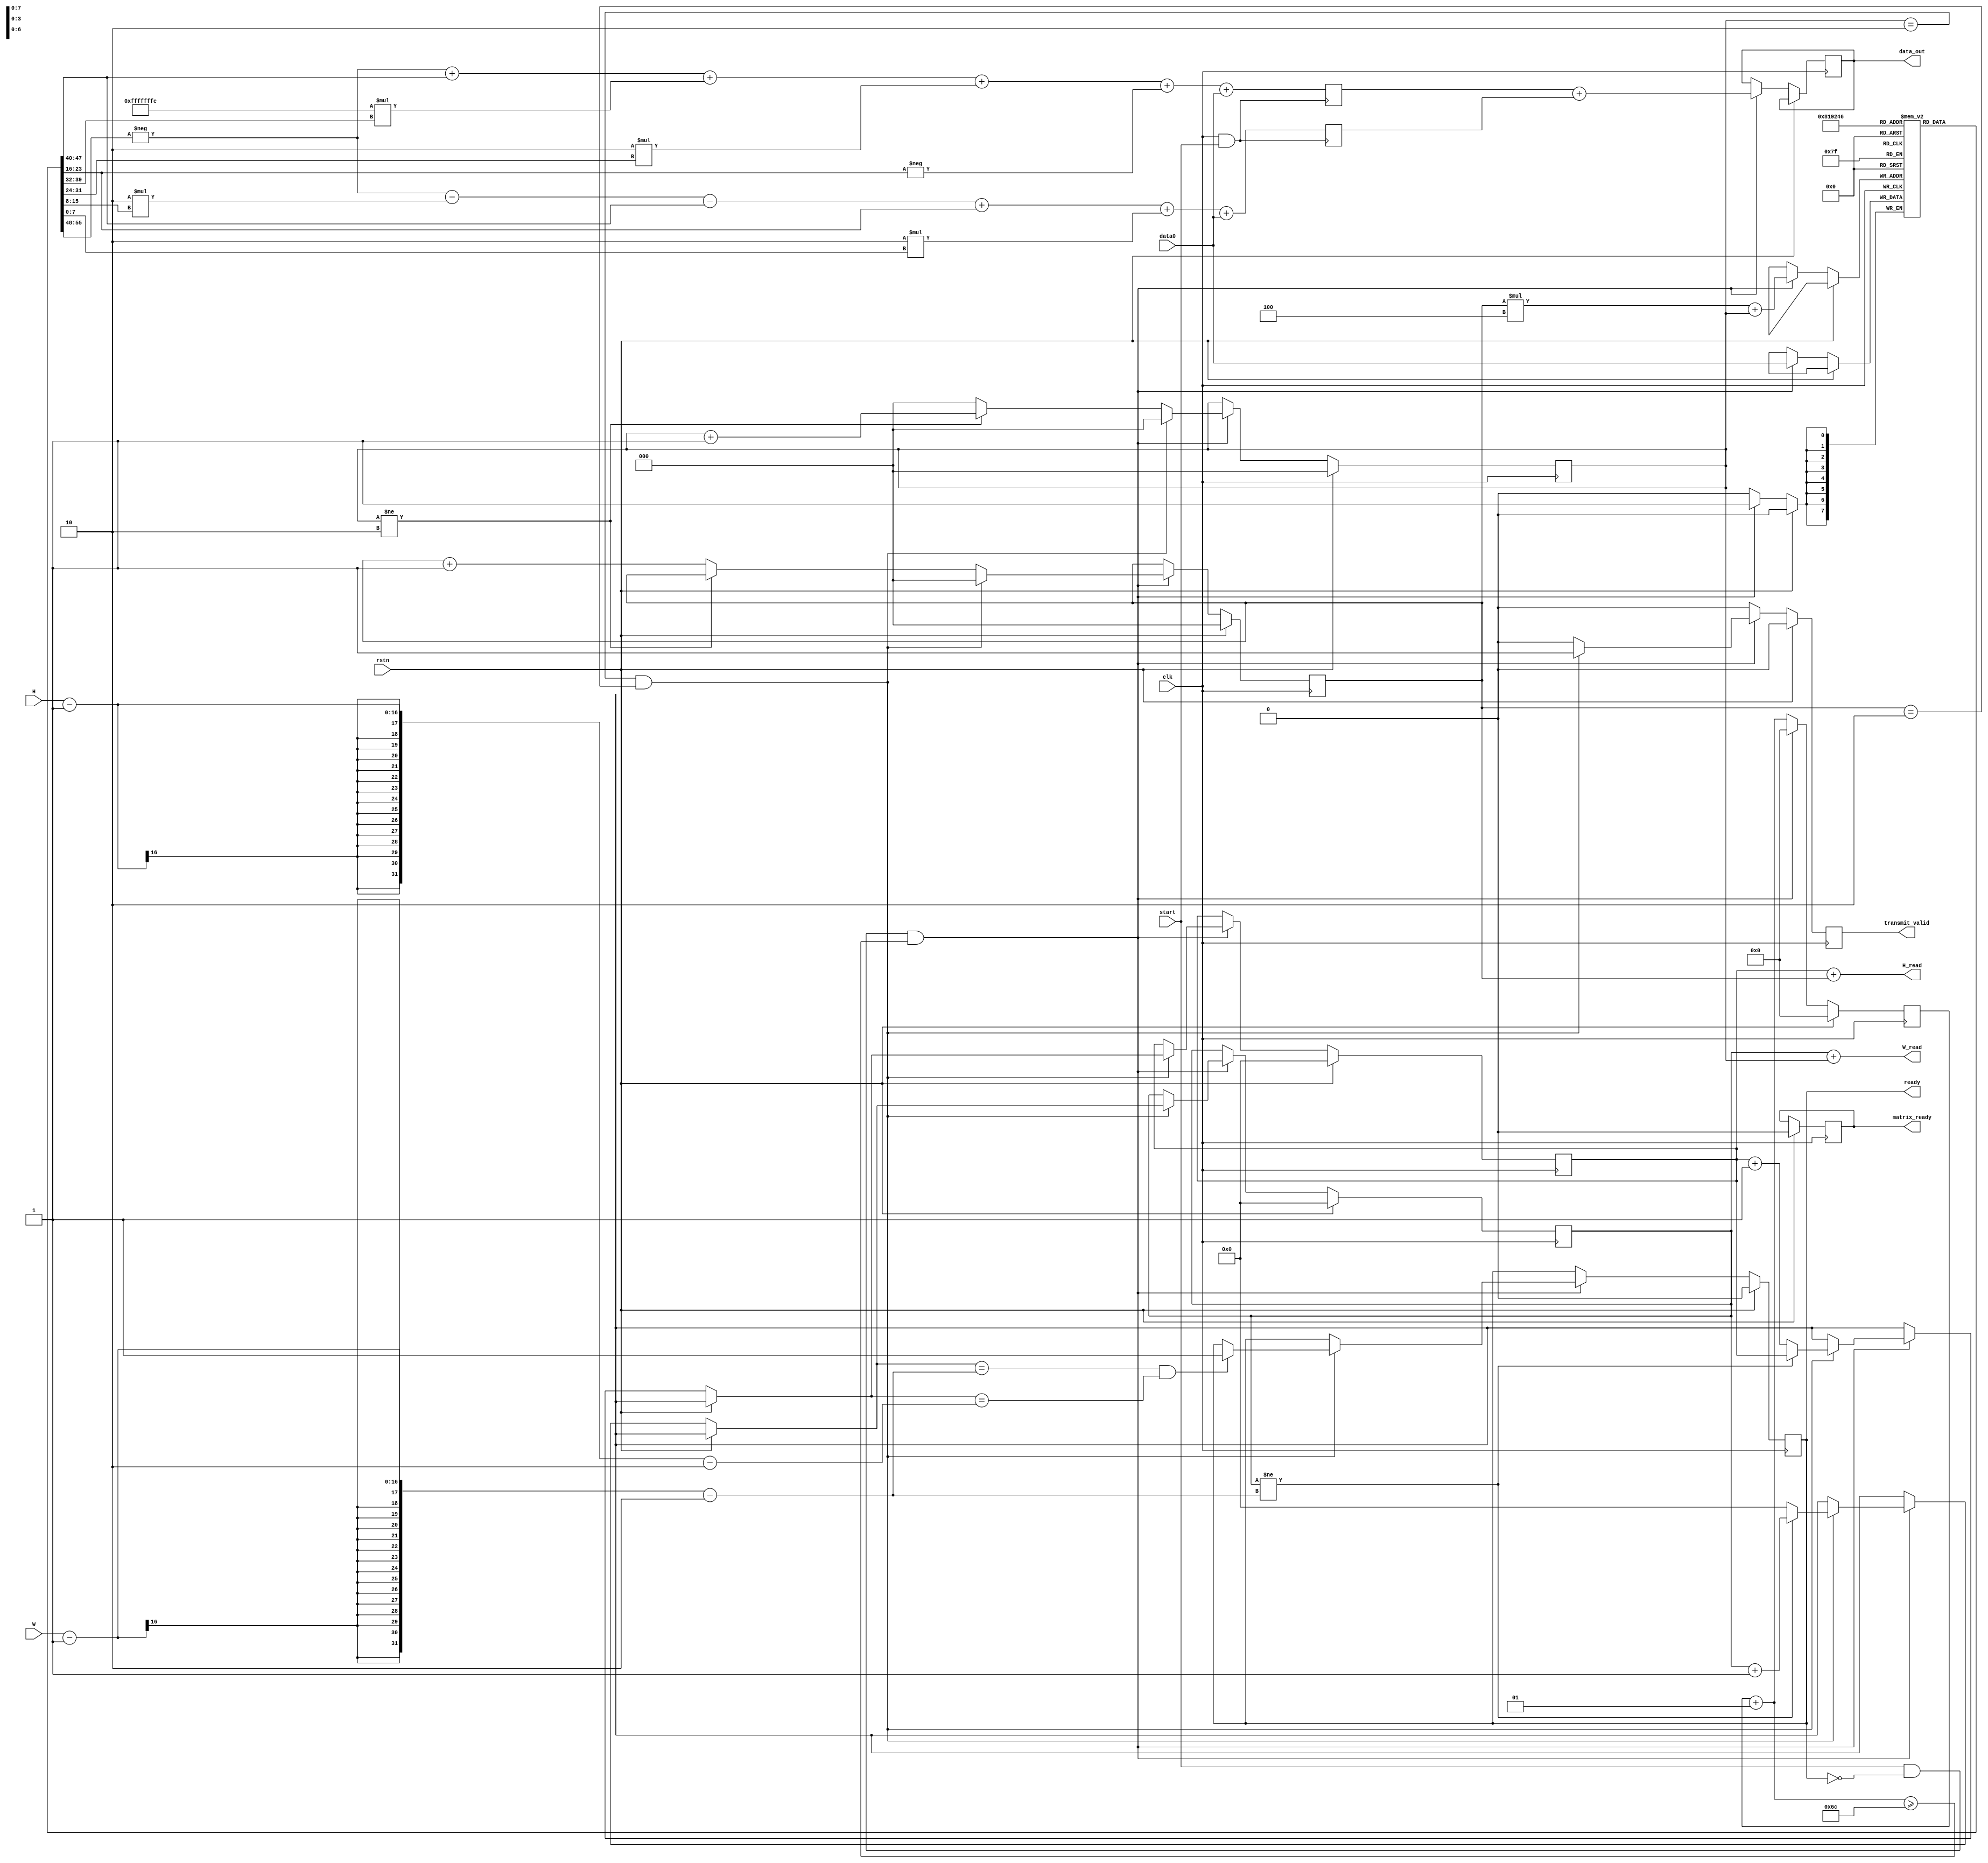
`timescale 1ns / 1ps

module sobel_v2 #(parameter BAUD_VAL = 9)
 (
        input clk,
        input rstn,
        input start,
        input [7:0] data0,
        output wire[15:0] W_read  ,
        output wire[15:0] H_read ,
        output reg [7:0]data_out,
        output reg ready,
        output reg transmit_valid,
        output reg matrix_ready,
        input [15:0]H,
        input [15:0]W 

    );    
    reg [15:0]W_counter=0;
    reg [15:0]H_counter=0;
    reg [7:0]data[0:3][0:3];
    reg [2:0]W_counter2=0;
    reg [2:0]H_counter2=0;     
    reg signed[15:0]   Gx = 0,
                       Gy = 0;

    reg final = 0;

    integer count = 0;
    assign H_read = H_counter + H_counter2;
    assign W_read = W_counter + W_counter2;

    always @(posedge clk) begin
        if(rstn) begin
            W_counter <=0;
            H_counter <= 0; 
            ready  <= 0;
            count = 0;
            final <= 0;
            transmit_valid = 1'b0;
            W_counter2<=0;
            H_counter2<=0;
            matrix_ready  <= 0;
        end else begin
            count = count + 1;
            if(start && !ready && (count >= 12 * BAUD_VAL)) begin
            count = 0;
            data_out = Gx + Gy;   
//            if(H_counter==44 &W_counter==90) begin
//                $display("H_counter=%d",H_counter);
//                $display("W_counter=%d",W_counter);
//                $display("H_counter2=%d",H_counter2);
//                $display("W_counter2=%d",W_counter2);
//                $display("H_read=%d",H_read);
//                $display("W_read=%d",W_read);
//                $display("data=",data0);
////                $display("transmit_valid=%d",transmit_valid);
//                $display("-----------------------------------------------------");

//                end
//             if(H_counter==44 &W_counter==90 & H_counter2==2&  W_counter2==2) begin
//                $display("data0=%h",data[0][0]);
//                $display("data1=%h",data[0][1]);
//                $display("data2=%h",data[0][2]);
//                $display("data3=%h",data[1][0]);
//                $display("data4=%h",data[1][1]);
//                $display("data5=%h",data[1][2]);
//                $display("data6=%h",data[2][0]);
//                $display("data7=%h",data[2][1]);
//                $display("data8=%h",data[2][2]);
//                $display("data_out=%h",data_out);
//                $display("transmit_valid=%d",transmit_valid);
//                $display("-----------------------------------------------------");
//                $stop;
//                end

    //            if (Gx + Gy > 8'd200) begin
    //                data_out = 8'd255;
    //            end else begin
    //                data_out = 8'd0;
    //            end

//                transmit_valid = 1'b1;
                data[H_counter2][W_counter2] <= data0;
//                $display("display:\n");
//                $display("W_counter2 = %d",W_counter2);
//                $display("H_counter2 = %d",H_counter2);           

                if(W_counter2 != 2) begin
                    W_counter2 <= W_counter2 + 1;             
                end

                else begin
                    W_counter2 <= 0;
                    H_counter2 <= H_counter2 + 1;
                end


                if(W_counter2 == 2    &&   H_counter2 == 2)
                begin
                    W_counter2<=0;
                    H_counter2<=0;
                    transmit_valid = 1;
//                    if(W_counter>300 & W_counter<305 & H_counter>80 & H_counter<85)
//                    begin
//                    $display("W_counter= %d",W_counter);
//                    $display("H_counter= %d",H_counter);
//                    $display("sobelout= %h ",data_out);
//                    $display("data0= %h ",data[0][0]);
//                    $display("data1= %h ",data[0][1]);
//                    $display("data2= %h ",data[0][2]);
//                    $display("data3= %h ",data[1][0]);
//                    $display("data4= %h ",data[1][1]);
//                    $display("data5= %h ",data[1][2]);
//                    $display("data6= %h ",data[2][0]);
//                    $display("data7= %h ",data[2][1]);
//                    $display("data8= %h ",data[2][1]);
//                    $display("-----------------------------------------------");
//                    end


                    if(W_counter != W-1-2) begin
                        W_counter = W_counter + 1;              
                    end else begin
                        W_counter = 0;
                        H_counter = H_counter + 1;
                    end
                    if(W_counter == W-1-2    &&   H_counter == H-1-2) begin
                        ready <= 1;
                    end

                end
                else
                begin
                     transmit_valid = 0;
                end 
            end
            else begin
                transmit_valid = 1'b0;
            end

        end
    end


//    always @(posedge clk) begin
//    if(rstn ) begin
//        W_counter2<=0;
//        H_counter2<=0;
//        matrix_ready  <= 0;
//    end


//    else begin
////        $display("grayinput= ",data0);
//        if(start && !ready && (count >= 12 * BAUD_VAL) && (first_time >= 5)) begin
//            data[H_counter2][W_counter2] <= data0;
//            $display("display:\n");
//            $display("W_counter2 = %d",W_counter2);
//            $display("H_counter2 = %d",H_counter2);           

//            if(W_counter2 != 2) begin
//                W_counter2 <= W_counter2 + 1;             
//            end

//            else begin
//                W_counter2 <= 0;
//                H_counter2 <= H_counter2 + 1;
//            end


//            if(W_counter2 == 2    &&   H_counter2 == 2) begin
//                W_counter2<=0;
//                H_counter2<=0;
//                matrix_ready <= 1;
//                $display("matrix is ready");
//                $display("Sobel out= %h",data0);
////                $display("Sobel= ",data[H_counter2][W_counter2]);
//            end
//            else begin
//                matrix_ready <= 0;
//            end

//        end


//    end
//end

    always @(posedge clk && start) begin

        Gx =    -data[0][0] + data[2][0]          +
                 -2*data[0][1] + 2*data[2][1]  +
                 -data[0][2] + data0     ;

        Gy =   -data[0][0] - 2*data[1][0] - data[2][0]      +
                 data[0][2] + 2*data[1][2] + data0  ;
//        if(transmit_valid==1)begin

//                    if(H_counter<2)
//                    begin
//                    $display("W_counter= %d",W_counter);
//                    $display("H_counter= %d",H_counter);
////                    $display("W_counter2= %d",W_counter2);
////                    $display("H_counter2= %d",H_counter2);
//                    $display("sobelout= %h ",data_out);
////                    $display("data0= %h ",data[0][0]);
////                    $display("data1= %h ",data[0][1]);
////                    $display("data2= %h ",data[0][2]);
////                    $display("data3= %h ",data[1][0]);
////                    $display("data4= %h ",data[1][1]);
////                    $display("data5= %h ",data[1][2]);
////                    $display("data6= %h ",data[2][0]);
////                    $display("data7= %h ",data[2][1]);
////                    $display("data8= %h ",data0);
//                    $display("-----------------------------------------------");
//                    end
//        end
    end



endmodule